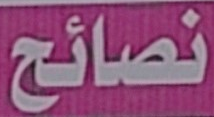
نصائح